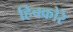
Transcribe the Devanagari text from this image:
हिचकोरे